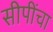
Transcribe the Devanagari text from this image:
सीपींचा